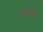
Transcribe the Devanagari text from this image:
मैगेलैन